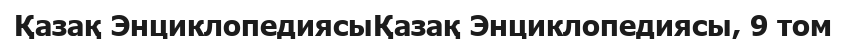
Қазақ ЭнциклопедиясыҚазақ Энциклопедиясы, 9 том